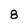
Character: 8